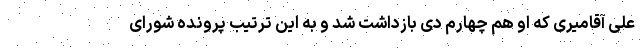
علی آقامیری که او هم چهارم دی بازداشت شد و به این ترتیب پرونده شورای